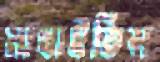
মাখাইতিস